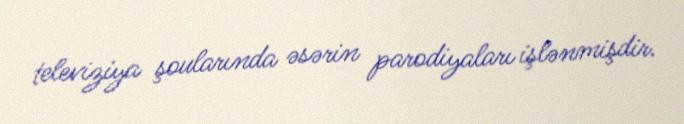
televiziya şoularında əsərin parodiyaları işlənmişdir.